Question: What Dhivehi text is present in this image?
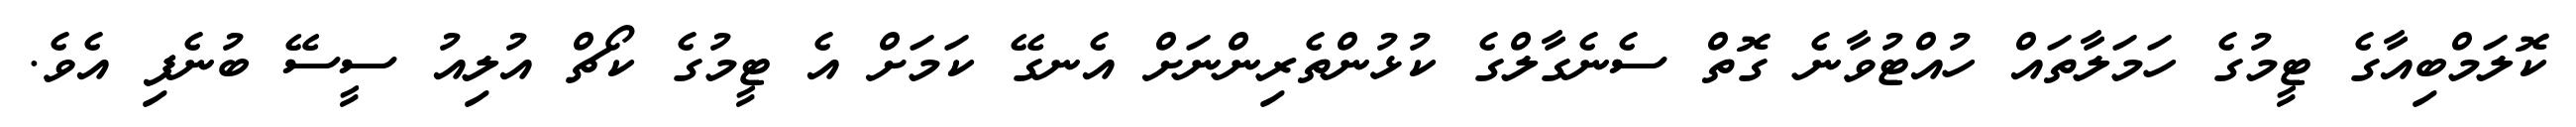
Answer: ކޮލަމްބިއާގެ ޓީމުގެ ހަމަލާތައް ހުއްޓުވާނެ ގޮތް ސެނެގާލްގެ ކުޅުންތެރިންނަށް އެނގޭ ކަމަށް އެ ޓީމުގެ ކޯޗް އުލިއު ސީސޭ ބުނެފި އެވެ.